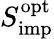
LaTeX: S_{\mathrm{imp}}^{\mathrm{opt}}